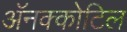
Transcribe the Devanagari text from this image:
अॅनक्कोटिल